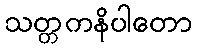
သတ္တကနိပါတော